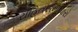
રોહિતસમાચારો